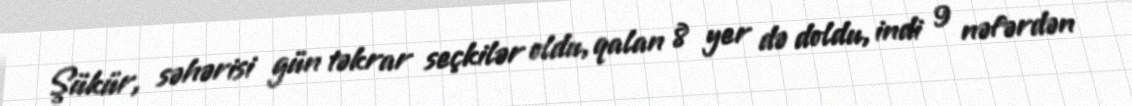
Şükür, səhərisi gün təkrar seçkilər oldu, qalan 8 yer də doldu, indi 9 nəfərdən